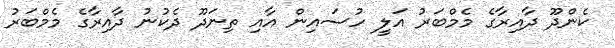
ކެންދޫ ދާއިރާގެ މެމްބަރު އަލީ ހުސައިން އާއި ތިނަދޫ ދެކުނު ދާއިރާގެ މެމްބަރު